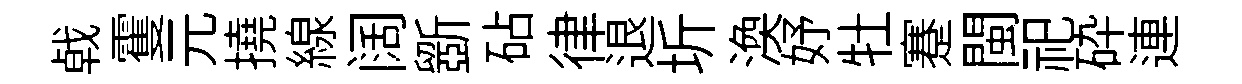
㦸䨥元撓線阔斵砧律退圻渙妤牡蹇閩祀砕連